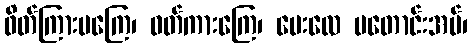
ဖိတ်ကြားမကြေ၊ ဝတ်ကားကြေ၊ ပေးလေ မတောင်းအပ်၊